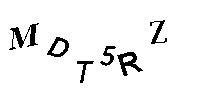
MDT5RZ